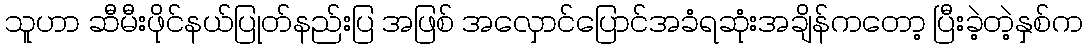
သူဟာ ဆီမီးဖိုင်နယ်ပြုတ်နည်းပြ အဖြစ် အလှောင်ပြောင်အခံရဆုံးအချိန်ကတော့ ပြီးခဲ့တဲ့နှစ်က